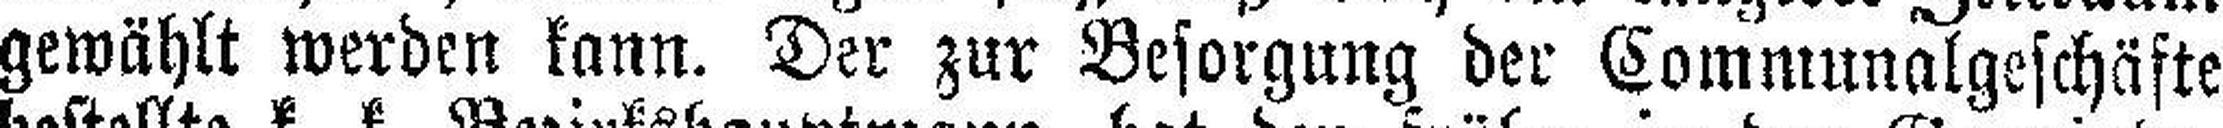
gewählt werden kann. Der zur Besorgung der Communalgeschäfte